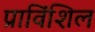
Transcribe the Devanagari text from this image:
प्राविंशिल